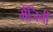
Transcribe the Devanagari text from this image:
मैंजिनी